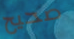
صحيح